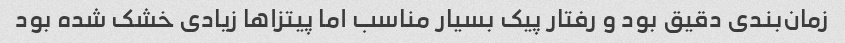
زمان‌بندی دقیق بود و رفتار پیک بسیار مناسب اما پیتزاها زیادی خشک شده بود